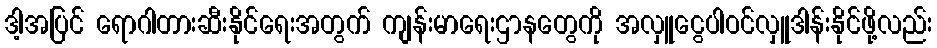
ဒါ့အပြင် ရောဂါတားဆီးနိုင်ရေးအတွက် ကျန်းမာရေးဌာနတွေကို အလှူငွေပါဝင်လှူဒါန်းနိုင်ဖို့လည်း